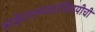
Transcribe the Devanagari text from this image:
संकेतस्थळांविषयीची